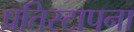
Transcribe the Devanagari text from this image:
प्रतिस्टापना